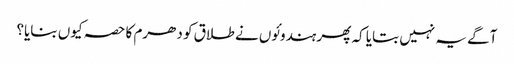
آگے یہ نہیں بتایا کہ پھر ہندوئوں نے طلاق کو دھرم کا حصہ کیوں بنایا؟